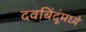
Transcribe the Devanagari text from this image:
दवबिंदूंमध्ये